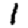
Digit: 1